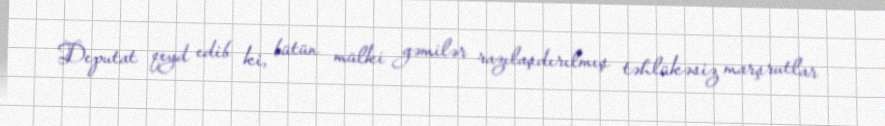
Deputat qeyd edib ki, bütün mülki gəmilər razılaşdırılmış təhlükəsiz marşrutlar